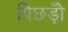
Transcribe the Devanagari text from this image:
पिछड़ोँ